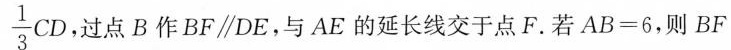
\frac { 1 } { 3 } C D$$ ，过点B作BF\parallel DE，与AE的延长线交于点F.若$$A B = 6$$，则BF